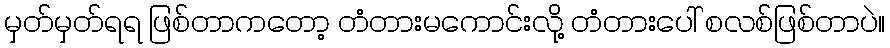
မှတ်မှတ်ရရ ဖြစ်တာကတော့ တံတားမကောင်းလို့ တံတားပေါ် စလစ်ဖြစ်တာပဲ။